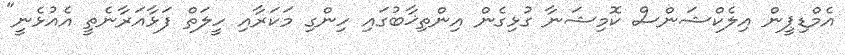
އެމްޑިޕީން އިލެކްޝަންސް ކޮމިޝަނާ ގުޅިގެން އިންތިޚާބުގައި ހިންގި މަކަރާއި ހީލަތް ފަޅާއަރާނެތީ އެއުޅެނީ"